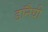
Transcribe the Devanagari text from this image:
डॉनैघी